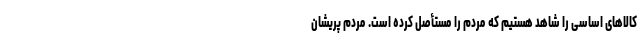
کالاهای اساسی را شاهد هستیم که مردم را مستأصل کرده است. مردم پریشان